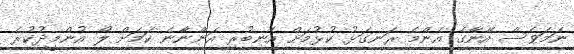
ނަމަވެސް އޭނާގެ އެންމެ ރަނގަޅު ކުޅުމަށް އެނބުރި އަންނާނެ ކަަމަށް ލޯ އުންމީދުކުރެ